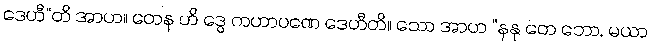
ဒေဟီ”တိ အာဟ။ တေန ဟိ ဒွေ ကဟာပဏေ ဒေဟီတိ။ သော အာဟ “နနု တေ ဘော, မယာ